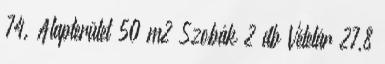
74. Alapterület 50 m2 Szobák 2 db Vételár 27,8